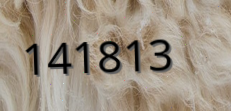
141813